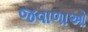
જવાળાઓ